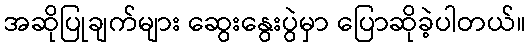
အဆိုပြုချက်များ ဆွေးနွေးပွဲမှာ ပြောဆိုခဲ့ပါတယ်။